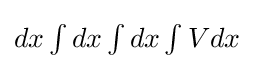
{\textstyle dx\int {dx\int {dx\int {Vdx}}}}